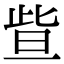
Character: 𣆟